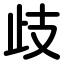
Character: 歧